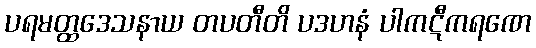
ပရမတ္ထဒေသနာယ တပတီတိ ပဒဟနံ ပါကဋီကရဏေ